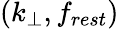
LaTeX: (k_{\perp},f_{rest})